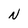
Character: N